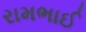
રામભાઈ